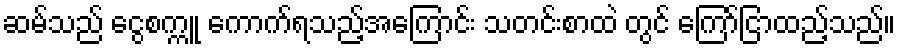
ဆမ်သည် ငွေစက္ကူ ကောက်ရသည့်အကြောင်း သတင်းစာထဲ တွင် ကြော်ငြာထည့်သည်။